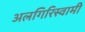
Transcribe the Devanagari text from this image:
अलगिरिस्वामी